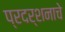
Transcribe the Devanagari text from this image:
प्रदर्शनाचे